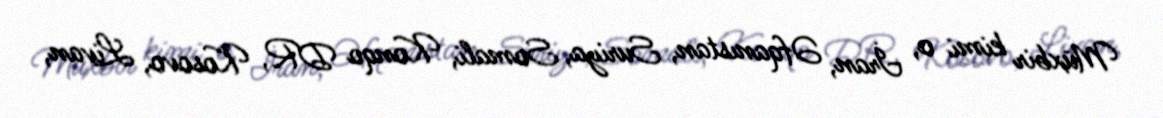
Müxbir kimi o, İran, Əfqanıstan, Suriya, Somali, Konqo DR, Kosovo, Livan,